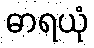
ဓာရယုံ